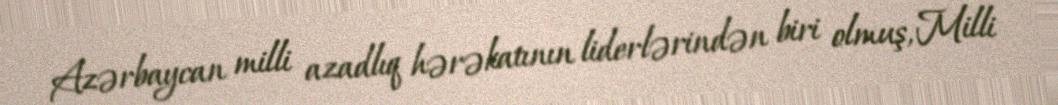
Azərbaycan milli azadlıq hərəkatının liderlərindən biri olmuş, Milli